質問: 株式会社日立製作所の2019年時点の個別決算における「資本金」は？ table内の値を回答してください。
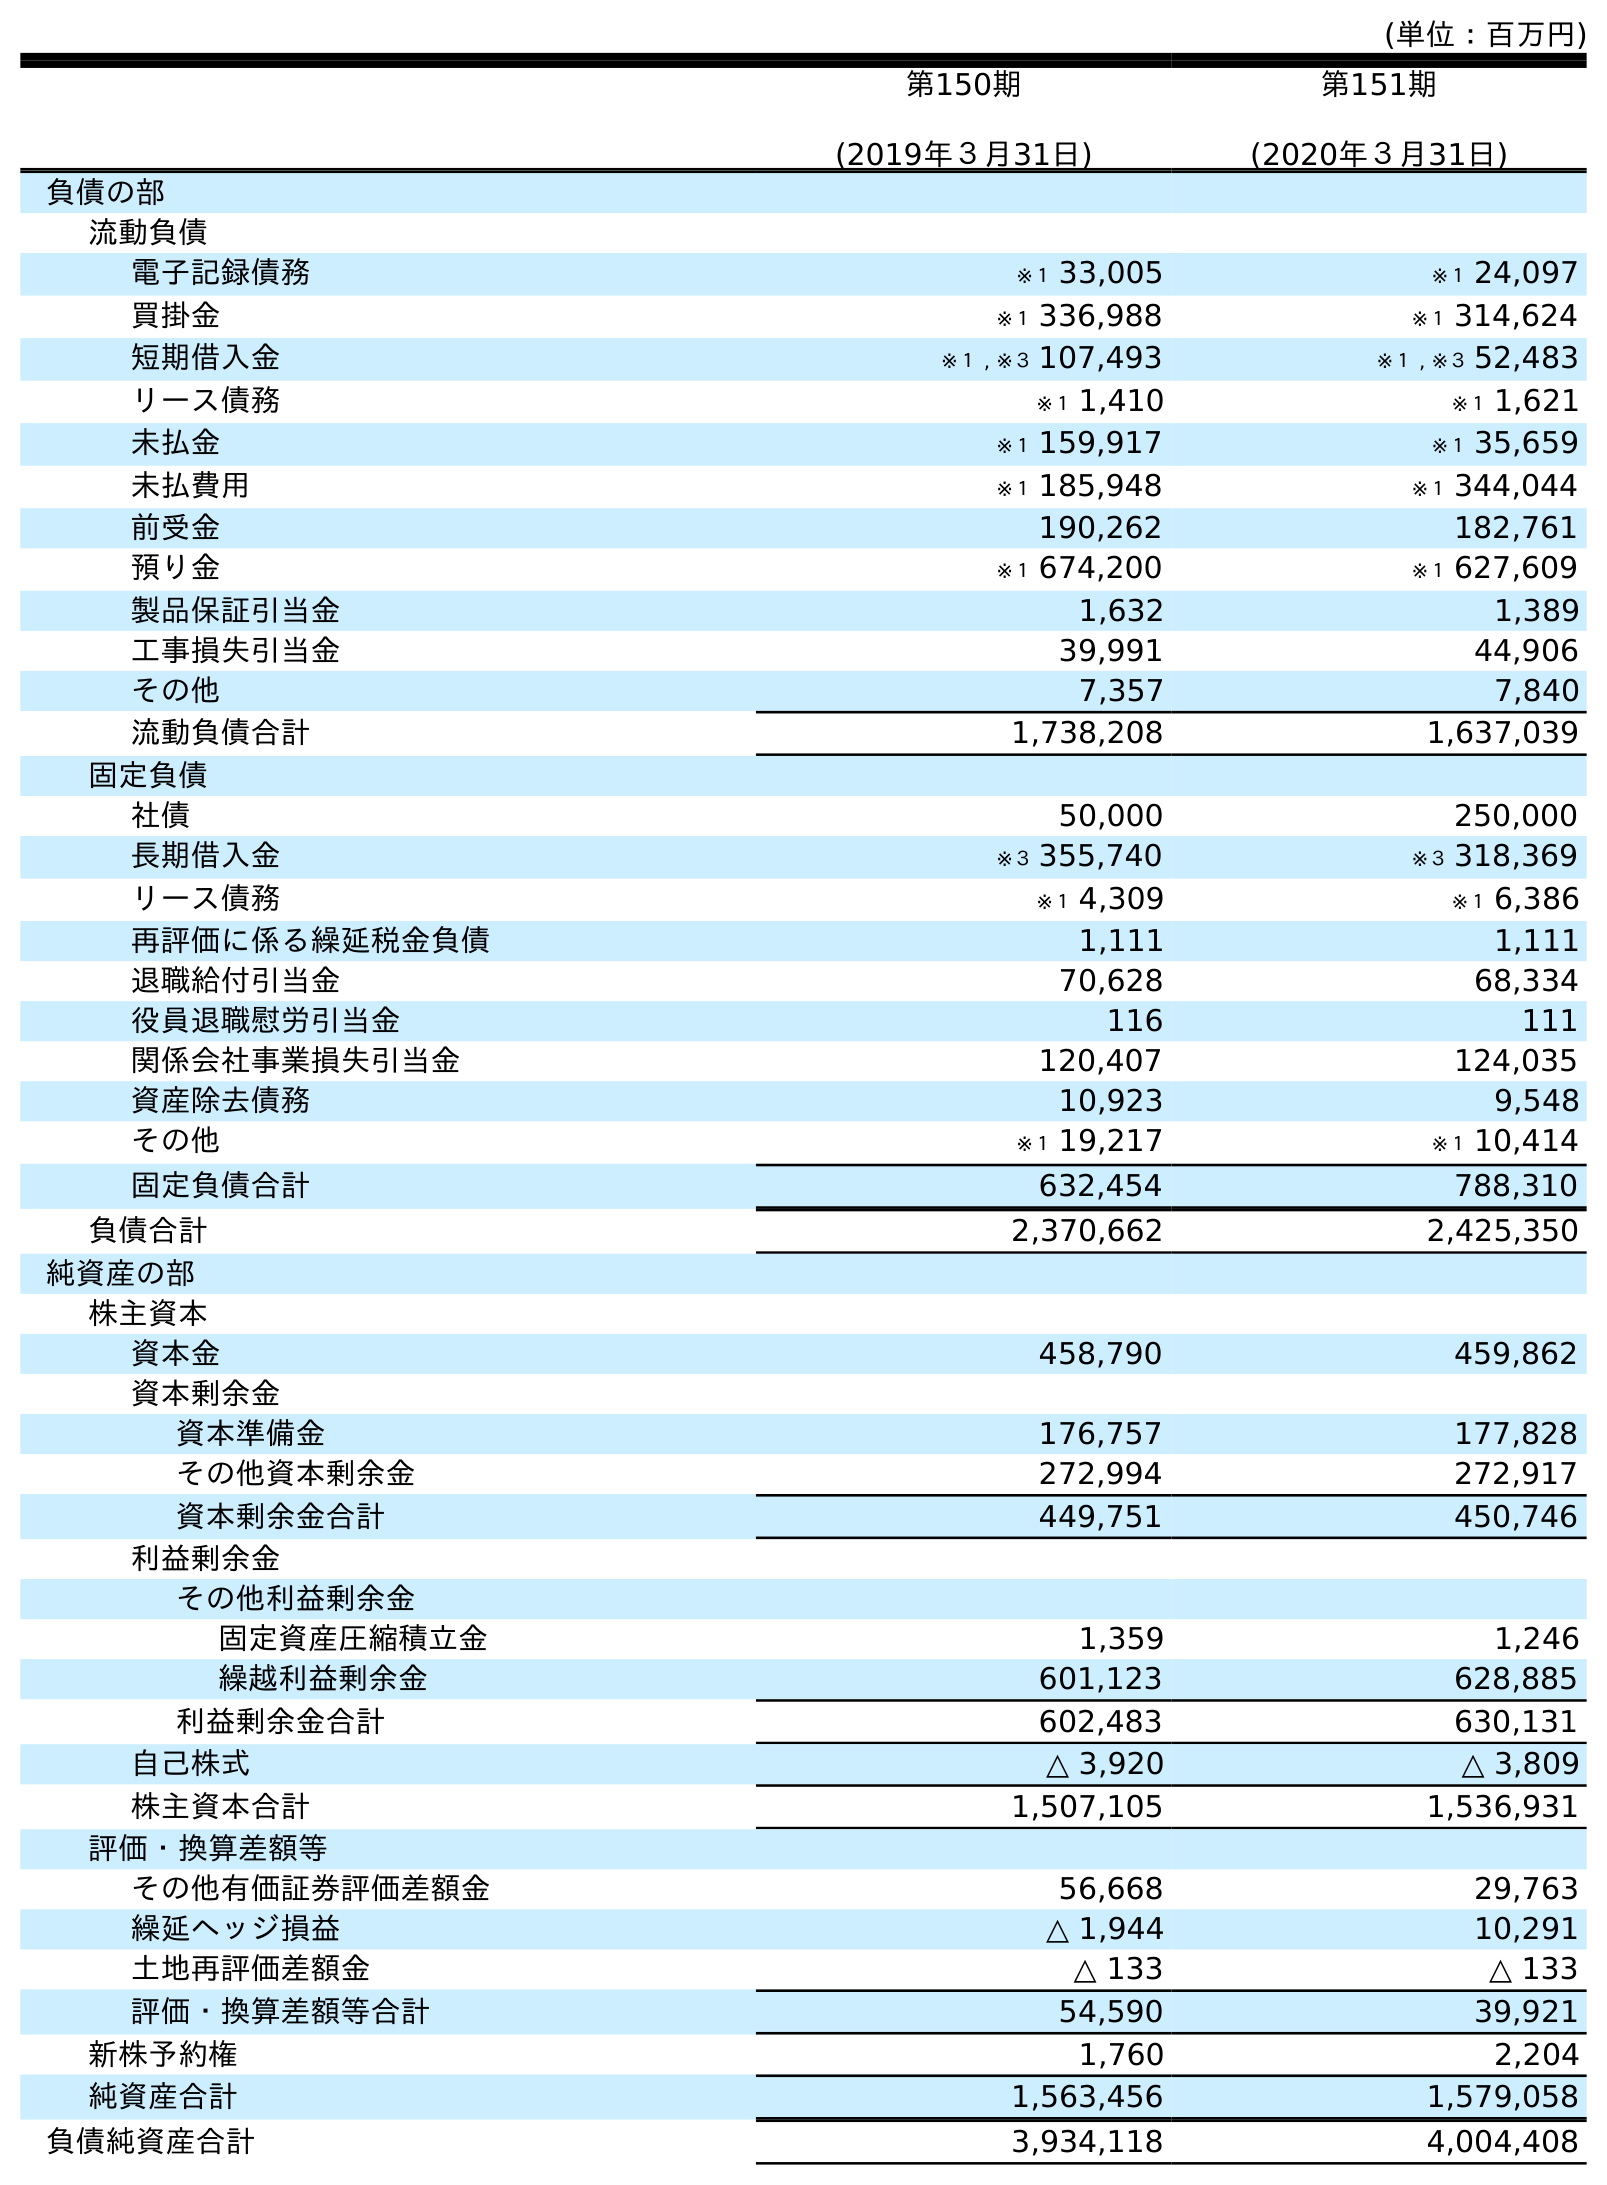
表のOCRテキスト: (単位：百万円) 第150期 (2019年３月31日) 第151期 (2020年３月31日) 負債の部 流動負債 電子記録債務 ※１ 33,005 ※１ 24,097 買掛金 ※１ 336,988 ※１ 314,624 短期借入金 ※１ , ※３ 107,493 ※１ , ※３ 52,483 リース債務 ※１ 1,410 ※１ 1,621 未払金 ※１ 159,917 ※１ 35,659 未払費用 ※１ 185,948 ※１ 344,044 前受金 190,262 182,761 預り金 ※１ 674,200 ※１ 627,609 製品保証引当金 1,632 1,389 工事損失引当金 39,991 44,906 その他 7,357 7,840 流動負債合計 1,738,208 1,637,039 固定負債 社債 50,000 250,000 長期借入金 ※３ 355,740 ※３ 318,369 リース債務 ※１ 4,309 ※１ 6,386 再評価に係る繰延税金負債 1,111 1,111 退職給付引当金 70,628 68,334 役員退職慰労引当金 116 111 関係会社事業損失引当金 120,407 124,035 資産除去債務 10,923 9,548 その他 ※１ 19,217 ※１ 10,414 固定負債合計 632,454 788,310 負債合計 2,370,662 2,425,350 純資産の部 株主資本 資本金 458,790 459,862 資本剰余金 資本準備金 176,757 177,828 その他資本剰余金 272,994 272,917 資本剰余金合計 449,751 450,746 利益剰余金 その他利益剰余金 固定資産圧縮積立金 1,359 1,246 繰越利益剰余金 601,123 628,885 利益剰余金合計 602,483 630,131 自己株式 △ 3,920 △ 3,809 株主資本合計 1,507,105 1,536,931 評価・換算差額等 その他有価証券評価差額金 56,668 29,763 繰延ヘッジ損益 △ 1,944 10,291 土地再評価差額金 △ 133 △ 133 評価・換算差額等合計 54,590 39,921 新株予約権 1,760 2,204 純資産合計 1,563,456 1,579,058 負債純資産合計 3,934,118 4,004,408
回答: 458,790